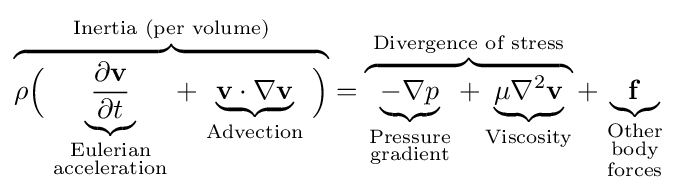
\overbrace {\rho {\Big (}\underbrace {\frac {\partial \mathbf {v} }{\partial t}} _{\begin{smallmatrix}{\text{Eulerian}}\\{\text{acceleration}}\end{smallmatrix}}+\underbrace {\mathbf {v} \cdot \nabla \mathbf {v} } _{\begin{smallmatrix}{\text{Advection}}\end{smallmatrix}}{\Big )}} ^{\text{Inertia (per volume)}}=\overbrace {\underbrace {-\nabla p} _{\begin{smallmatrix}{\text{Pressure}}\\{\text{gradient}}\end{smallmatrix}}+\underbrace {\mu \nabla ^{2}\mathbf {v} } _{\text{Viscosity}}} ^{\text{Divergence of stress}}+\underbrace {\mathbf {f} } _{\begin{smallmatrix}{\text{Other}}\\{\text{body}}\\{\text{forces}}\end{smallmatrix}}